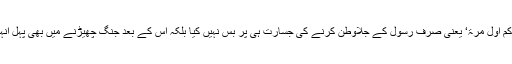
’وَھُمْ بَدَءُ وْکُمْ اَوَّلَ مَرَّۃٍ‘ یعنی صرف رسولؐ کے جلاوطن کرنے کی جسارت ہی پر بس نہیں کیا بلکہ اس کے بعد جنگ چھیڑنے میں بھی پہل انہی نے کی۔